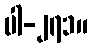
ပါ-၂၇၁။